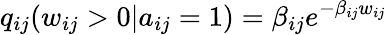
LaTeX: q_{ij}(w_{ij}>0|a_{ij}=1)=\beta_{ij}e^{-\beta_{ij}w_{ij}}